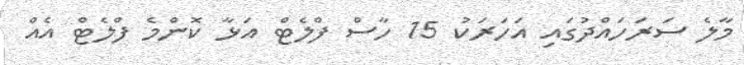
މާލެ ސަރަހައްދުގައި އަހަރަކު 15 ހާސް ފްލެޓް އަޅާ ކޮންމެ ފްލެޓް އެއް